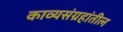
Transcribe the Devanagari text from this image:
काव्यसंग्रहांतील